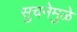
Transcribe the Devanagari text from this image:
सुचनेमुळे